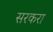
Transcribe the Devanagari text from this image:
सरकरा